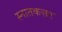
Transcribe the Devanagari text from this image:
स्नातकत्तर